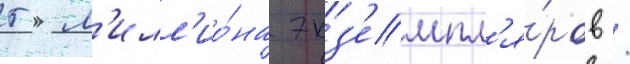
5 м'илл'ио́на экз'емпл'я́ров /